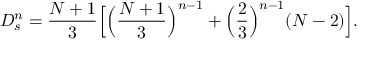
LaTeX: D _ { s } ^ { n } = \frac { N + 1 } { 3 } \Bigl [ \Bigl ( \frac { N + 1 } { 3 } \Bigr ) ^ { n - 1 } + \Bigl ( \frac { 2 } { 3 } \Bigr ) ^ { n - 1 } ( N - 2 ) \Bigr ] .